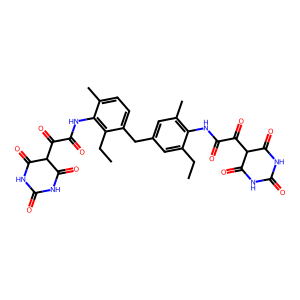
SMILES: CCc1cc(Cc2ccc(C)c(NC(=O)C(=O)C3C(=O)NC(=O)NC3=O)c2CC)cc(C)c1NC(=O)C(=O)C1C(=O)NC(=O)NC1=O
Inhibits HIV replication: No